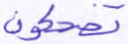
تضحكون